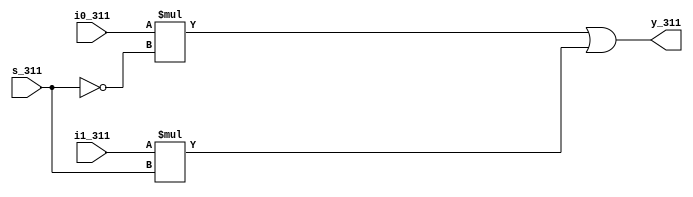
`timescale 1ns / 1ps
//////////////////////////////////////////////////////////////////////////////////
// Company: 
// Engineer: 
// 
// Design Name: 
// Module Name:    mux2x1 
// Project Name: 
// Target Devices: 
// Tool versions: 
// Description: 
//
// Dependencies: 
//
// Revision: 
// Revision 0.01 - File Created
// Additional Comments: 
//
//////////////////////////////////////////////////////////////////////////////////
module mux2x1(
    input i0_311,
    input i1_311,
    output y_311,
    input s_311
    );
	 assign y_311=((i0_311)*(~s_311)|(i1_311)*(s_311));
endmodule